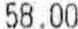
58.00